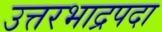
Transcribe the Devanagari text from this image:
उत्तरभाद्रपदा